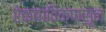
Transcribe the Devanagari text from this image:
रेकयाविकपासून